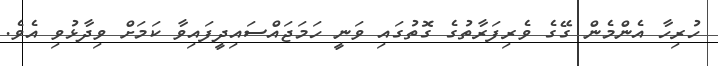
ހުރިހާ އެންމެން ގޭގެ ވެރިފަރާތުގެ ގޮތުގައި ވަނީ ހަމަޖައްސައިދީފައިވާ ކަމަށް ވިދާޅުވި އެވެ.